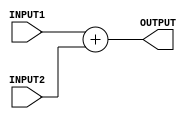
`timescale 1ns / 1ps
//////////////////////////////////////////////////////////////////////////////////
// Company: 
// Engineer: 
// 
// Design Name: 
// Module Name:    Adder 
// Project Name: 
// Target Devices: 
// Tool versions: 
// Description: 
//
// Dependencies: 
//
// Revision: 
// Revision 0.01 - File Created
// Additional Comments: 
//
//////////////////////////////////////////////////////////////////////////////////
module Adder(INPUT1, INPUT2, OUTPUT);
    input wire [31:0] INPUT1;
	 input wire [31:0] INPUT2;
	 output wire [31:0] OUTPUT;
	 assign OUTPUT = INPUT1 + INPUT2;

endmodule